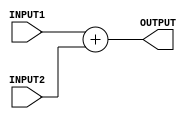
`timescale 1ns / 1ps
//////////////////////////////////////////////////////////////////////////////////
// Company: 
// Engineer: 
// 
// Design Name: 
// Module Name:    Adder 
// Project Name: 
// Target Devices: 
// Tool versions: 
// Description: 
//
// Dependencies: 
//
// Revision: 
// Revision 0.01 - File Created
// Additional Comments: 
//
//////////////////////////////////////////////////////////////////////////////////
module Adder(INPUT1, INPUT2, OUTPUT);
    input wire [31:0] INPUT1;
	 input wire [31:0] INPUT2;
	 output wire [31:0] OUTPUT;
	 assign OUTPUT = INPUT1 + INPUT2;

endmodule